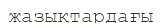
жазықтардағы